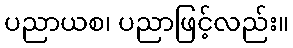
ပညာယစ၊ ပညာဖြင့်လည်း။